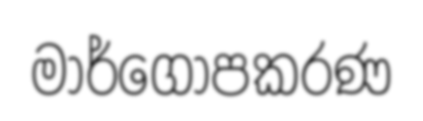
මාර්ගෝපකරණ